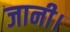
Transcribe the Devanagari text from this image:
जानी।